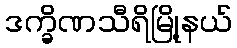
ဒက္ခိဏသီရိမြို့နယ်